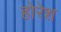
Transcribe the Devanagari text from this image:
होरेश